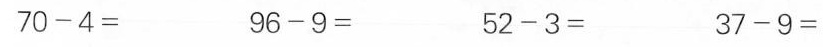
$$7 0 - 4=$$ $$9 6 - 9=$$ $$5 2 - 3=$$ $$3 7 - 9=$$